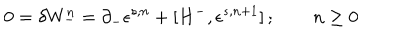
0 = \delta W _ { - } ^ { n } = \partial _ { - } \epsilon ^ { s , n } + [ H ^ { - } , \epsilon ^ { s , n + 1 } ] \, ; \qquad n \geq 0